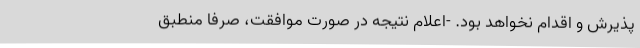
پذیرش و اقدام نخواهد بود. -اعلام نتیجه در صورت موافقت، صرفا منطبق